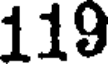
119